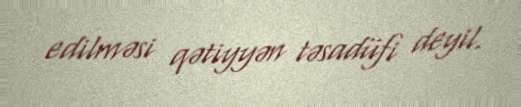
edilməsi qətiyyən təsadüfi deyil.